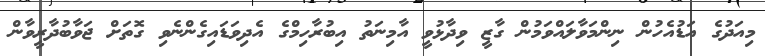
މިއަދުގެ އަޑުއެހުން ނިންމަވާލައްވަމުން ގާޒީ ވިދާޅުވީ އާމިނަތު އިބުރާހިމްގެ އެދިވަޑައިގެންނެވި ގޮތަށް ޖަވާބުދާރީވާން